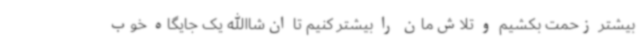
بیشتر زحمت بکشیم و تلاش‌مان را بیشتر کنیم تا ان‌شاالله یک جایگاه خوب